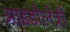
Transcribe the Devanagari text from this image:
आइडोलेत्री